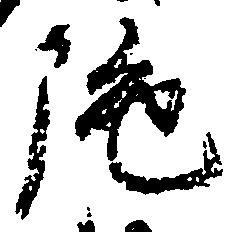
陀